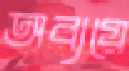
অব্যয়ে